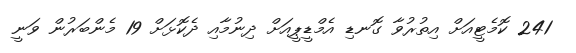
241 ކޮމެޓީއަށް އިތުރުވާ ގޮނޑި އެމްޑީޕީއަށް ދިނުމާއި ދެކޮޅަށް 19 މެންބަރުން ވަނީ